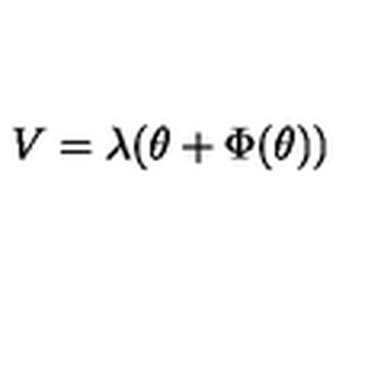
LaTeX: V = \lambda ( \theta + \Phi ( \theta ) )